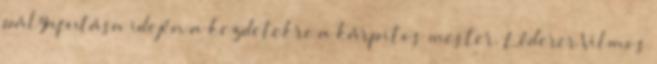
pályafutása idején a kezdetekre a kárpitos mester. Léderer Vilmos